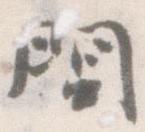
問